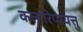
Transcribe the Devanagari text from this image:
कलारिप्पयत्तु